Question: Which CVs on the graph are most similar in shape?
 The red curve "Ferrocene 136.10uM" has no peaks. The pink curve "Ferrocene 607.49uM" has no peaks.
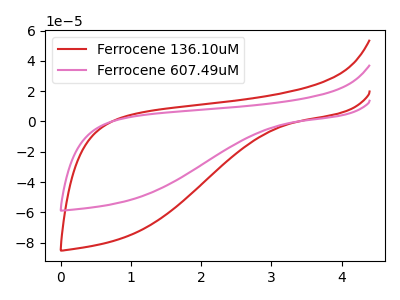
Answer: <think>Neither "Ferrocene 136.10uM" or "Ferrocene 607.49uM" have any peaks.
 </think>
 <answer>"Ferrocene 136.10uM" and "Ferrocene 607.49uM" have the same shape and are likely CV's of the same chemical.</answer>
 <eval>"Ferrocene 136.10uM" "Ferrocene 607.49uM"</eval>